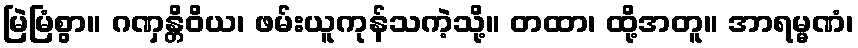
မြဲမြံစွာ။ ဂဏှန္တိဝိယ၊ ဖမ်းယူကုန်သကဲ့သို့။ တထာ၊ ထို့အတူ။ အာရမ္မဏံ၊